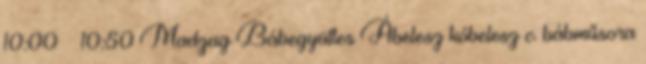
10:00 – 10:50 Madzag Bábegyüttes Ábelesz kóbelesz c. bábműsora